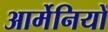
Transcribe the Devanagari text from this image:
आर्मेनियों